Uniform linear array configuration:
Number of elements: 64
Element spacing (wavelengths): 0.5
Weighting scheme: uniform
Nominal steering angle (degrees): -30
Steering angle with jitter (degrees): -28.258
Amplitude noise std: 0.05
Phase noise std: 0.05

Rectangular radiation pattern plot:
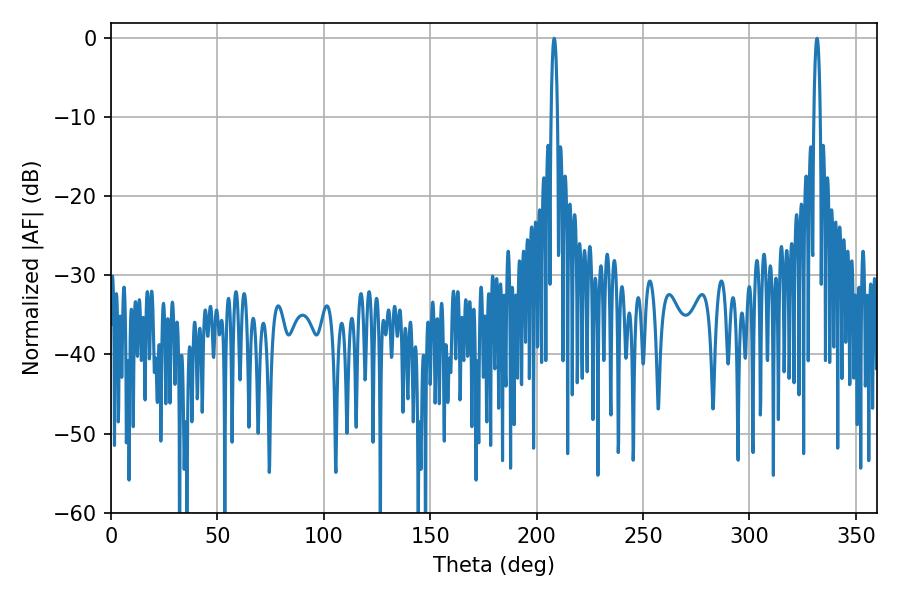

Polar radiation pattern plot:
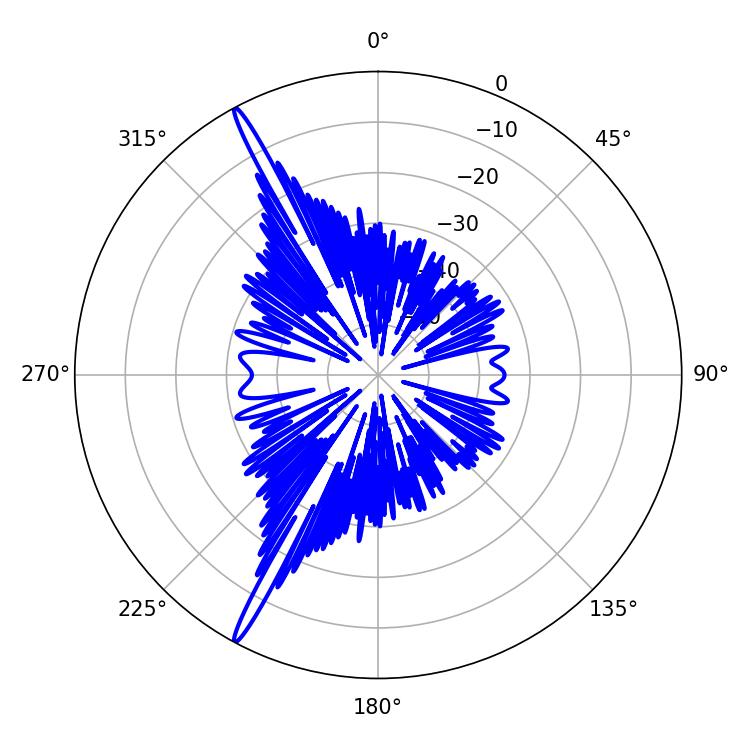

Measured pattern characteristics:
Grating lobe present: FALSE
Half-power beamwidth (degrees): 1.8
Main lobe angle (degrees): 331.74